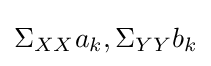
\Sigma _{XX}a_{k},\Sigma _{YY}b_{k}